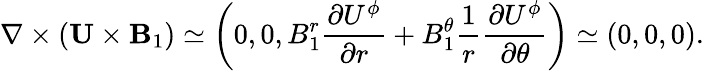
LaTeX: \nabla\times({\mathbf{U}}\times{\mathbf{B}}_{1})\simeq\left({0,0,B_{1}^{r}\frac{\partial U^{\phi}}{\partial r}+B_{1}^{\theta}\frac{1}{r}\frac{\partial U^{\phi}}{\partial\theta}}\right)\simeq\left({0,0,0}\right).